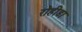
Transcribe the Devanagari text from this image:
रोहीडा